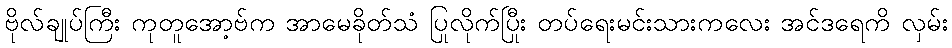
ဗိုလ်ချုပ်ကြီး ကုတူအော့ဗ်က အာမေခိုတ်သံ ပြုလိုက်ပြီး တပ်ရေးမင်းသားကလေး အင်ဒရေကို လှမ်း